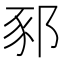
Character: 𨛤